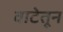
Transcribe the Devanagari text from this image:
वाटेतून